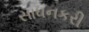
સાધનકરી